Necessitous school children, 1922
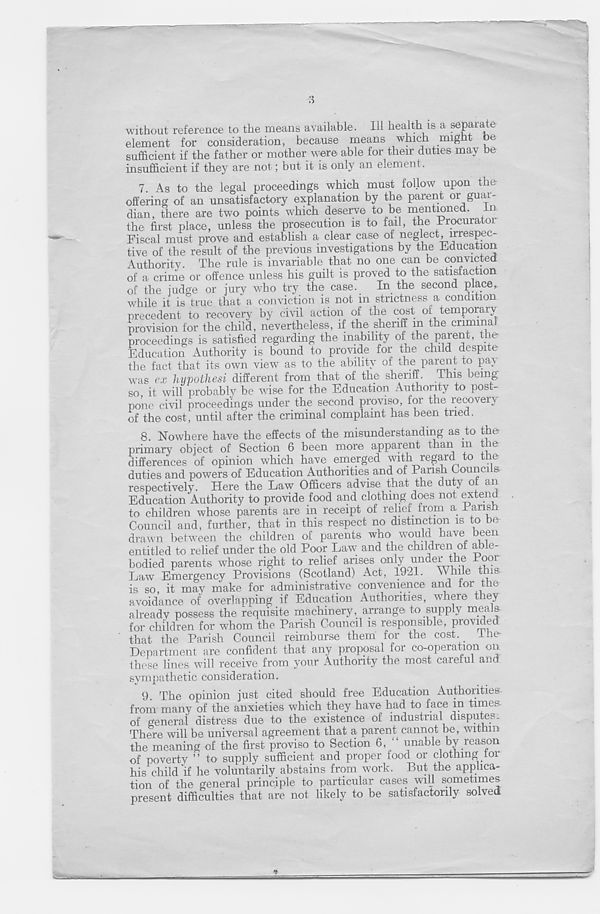
without reference to the means available. Ill health is a separate
element for consideration, because means which mignt tie
sufficient if the father or mother were able for their duties may be
insufficient if they are not; but it is only an element.
7. As to the legal proceedings which must follow upon the
offering of an unsatisfactory explanation by the parent or guar-
dian, there are two points which deserve to be mentioned. In
the first place, unless the prosecution is to fail, the -brocuratoi
Fiscal must prove and establish a clear case of neglect .irrespec-
tive of the result of the previous investigations by the Education
Authority. The rule is invariable that no one can be convicted
of a crime or offence unless his guilt is proved to the satisfaction
of the judge or jury who try the case. In the second place,
while it is true that a conviction is not in strictness a condition
precedent to recovery by civil action of the cost of temporary
provision for the child, nevertheless, if the sheriff m the criminal
proceedings is satisfied regarding the inability of the parent, the-
Education Authority is bound to provide for the child despite
the fact that its own view as to the ability of the parent to pa\
was
hypolhesi different from that of the sheriff. This being
so it will probably be wise for the Education Authority to post-
pone civil proceedings under the second proviso, for the recovery
of the cost, until after the criminal complaint has been tried.
8. Nowhere have the effects of the misunderstanding as to the
primary object of Section 6 been more apparent than m t e
differences of opinion which have emerged with regard to the
duties and powers of Education Authorities and of Parish Councils
respectively. Here the Law Officers advise that the duty of an
Education Authority to provide food and clothing does not extend
to children whose parents are in receipt of rehei from a I ansh
Council and, further, that in this respect no distinction is to be
drawn between the children of parents who would have been
entitled to relief under the old Poor Law and the children of able-
bodied parents whose right to relief arises on ty
me ooi
Law Emergency Provisions (Scotland) Act, 1921. While this,
is so, it may make for administrative convenience and for t e
avoidance of overlapping if Education Authorities, where they
already possess the requisite machinery, arrange to supply meals
for children for whom the Parish Council is responsible, provided
that the Parish Council reimburse them for the cost. Hie
Department are confident that any proposal for co-operation on
these lines will receive from your Authority the most careful and
sympathetic consideration.
9 The opinion just cited should free Education Authorities
from many of the anxieties which they have had to face m times
of general distress due to the existence of industrial disputes;
There will be universal agreement that a parent cannot be , witmn
the meaning of the first proviso to Section 6, “ unable by reason
of poverty ” to supply sufficient and proper food or clothing toi
his child if he voluntarily abstains from work. But the applica-
tion of the general principle to particular cases will sometimes
present difficulties that are not likely to be satisfactorily solved